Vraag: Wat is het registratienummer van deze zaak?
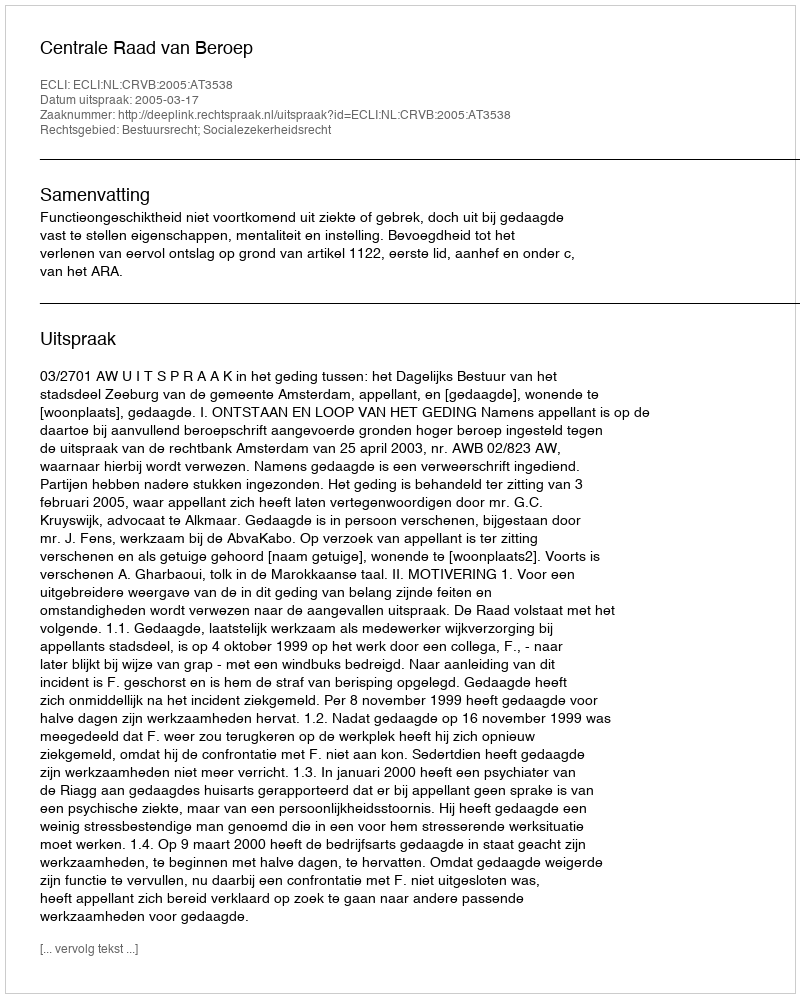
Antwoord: http://deeplink.rechtspraak.nl/uitspraak?id=ECLI:NL:CRVB:2005:AT3538